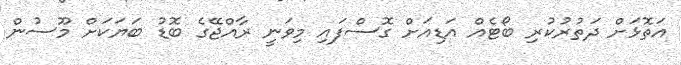
އަތޮޅަށް ދަތުރުކުރި ބޯޓެއް އަޑިއަށް ގޮސްފައި މިވަނީ ރާއްޖޭގެ ބޮޑު ބަޔަކަށް މޫސުން